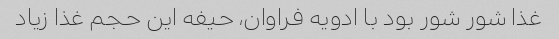
غذا شور شور بود با ادویه فراوان، حیفه این حجم غذا زیاد